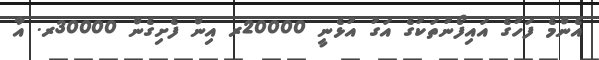
އެންމެ ފަހުގެ އައިފޯނުތަކުގެ އަގު އުޅެނީ 20000ރ އިން ފެށިގެން 30000ރ. އާ